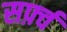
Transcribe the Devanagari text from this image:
सर्फ़्व